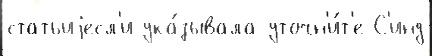
статьиjесл'и ука́зывала уточн'и́т'е С'инд